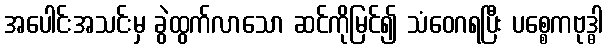
အပေါင်းအသင်းမှ ခွဲထွက်လာသော ဆင်ကိုမြင်၍ သံဝေဂရပြီး ပစ္စေကဗုဒ္ဓါ